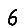
Digit: 6